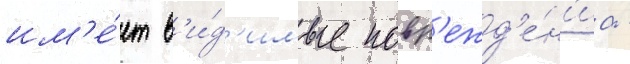
им'е́ет в'и́д'имые повр'ежд'е́н'иа -